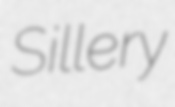
Sillery